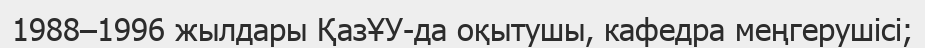
1988–1996 жылдары ҚазҰУ-да оқытушы, кафедра меңгерушісі;